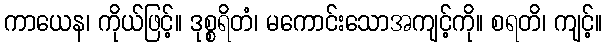
ကာယေန၊ ကိုယ်ဖြင့်။ ဒုစ္စရိတံ၊ မကောင်းသောအကျင့်ကို။ စရတိ၊ ကျင့်။